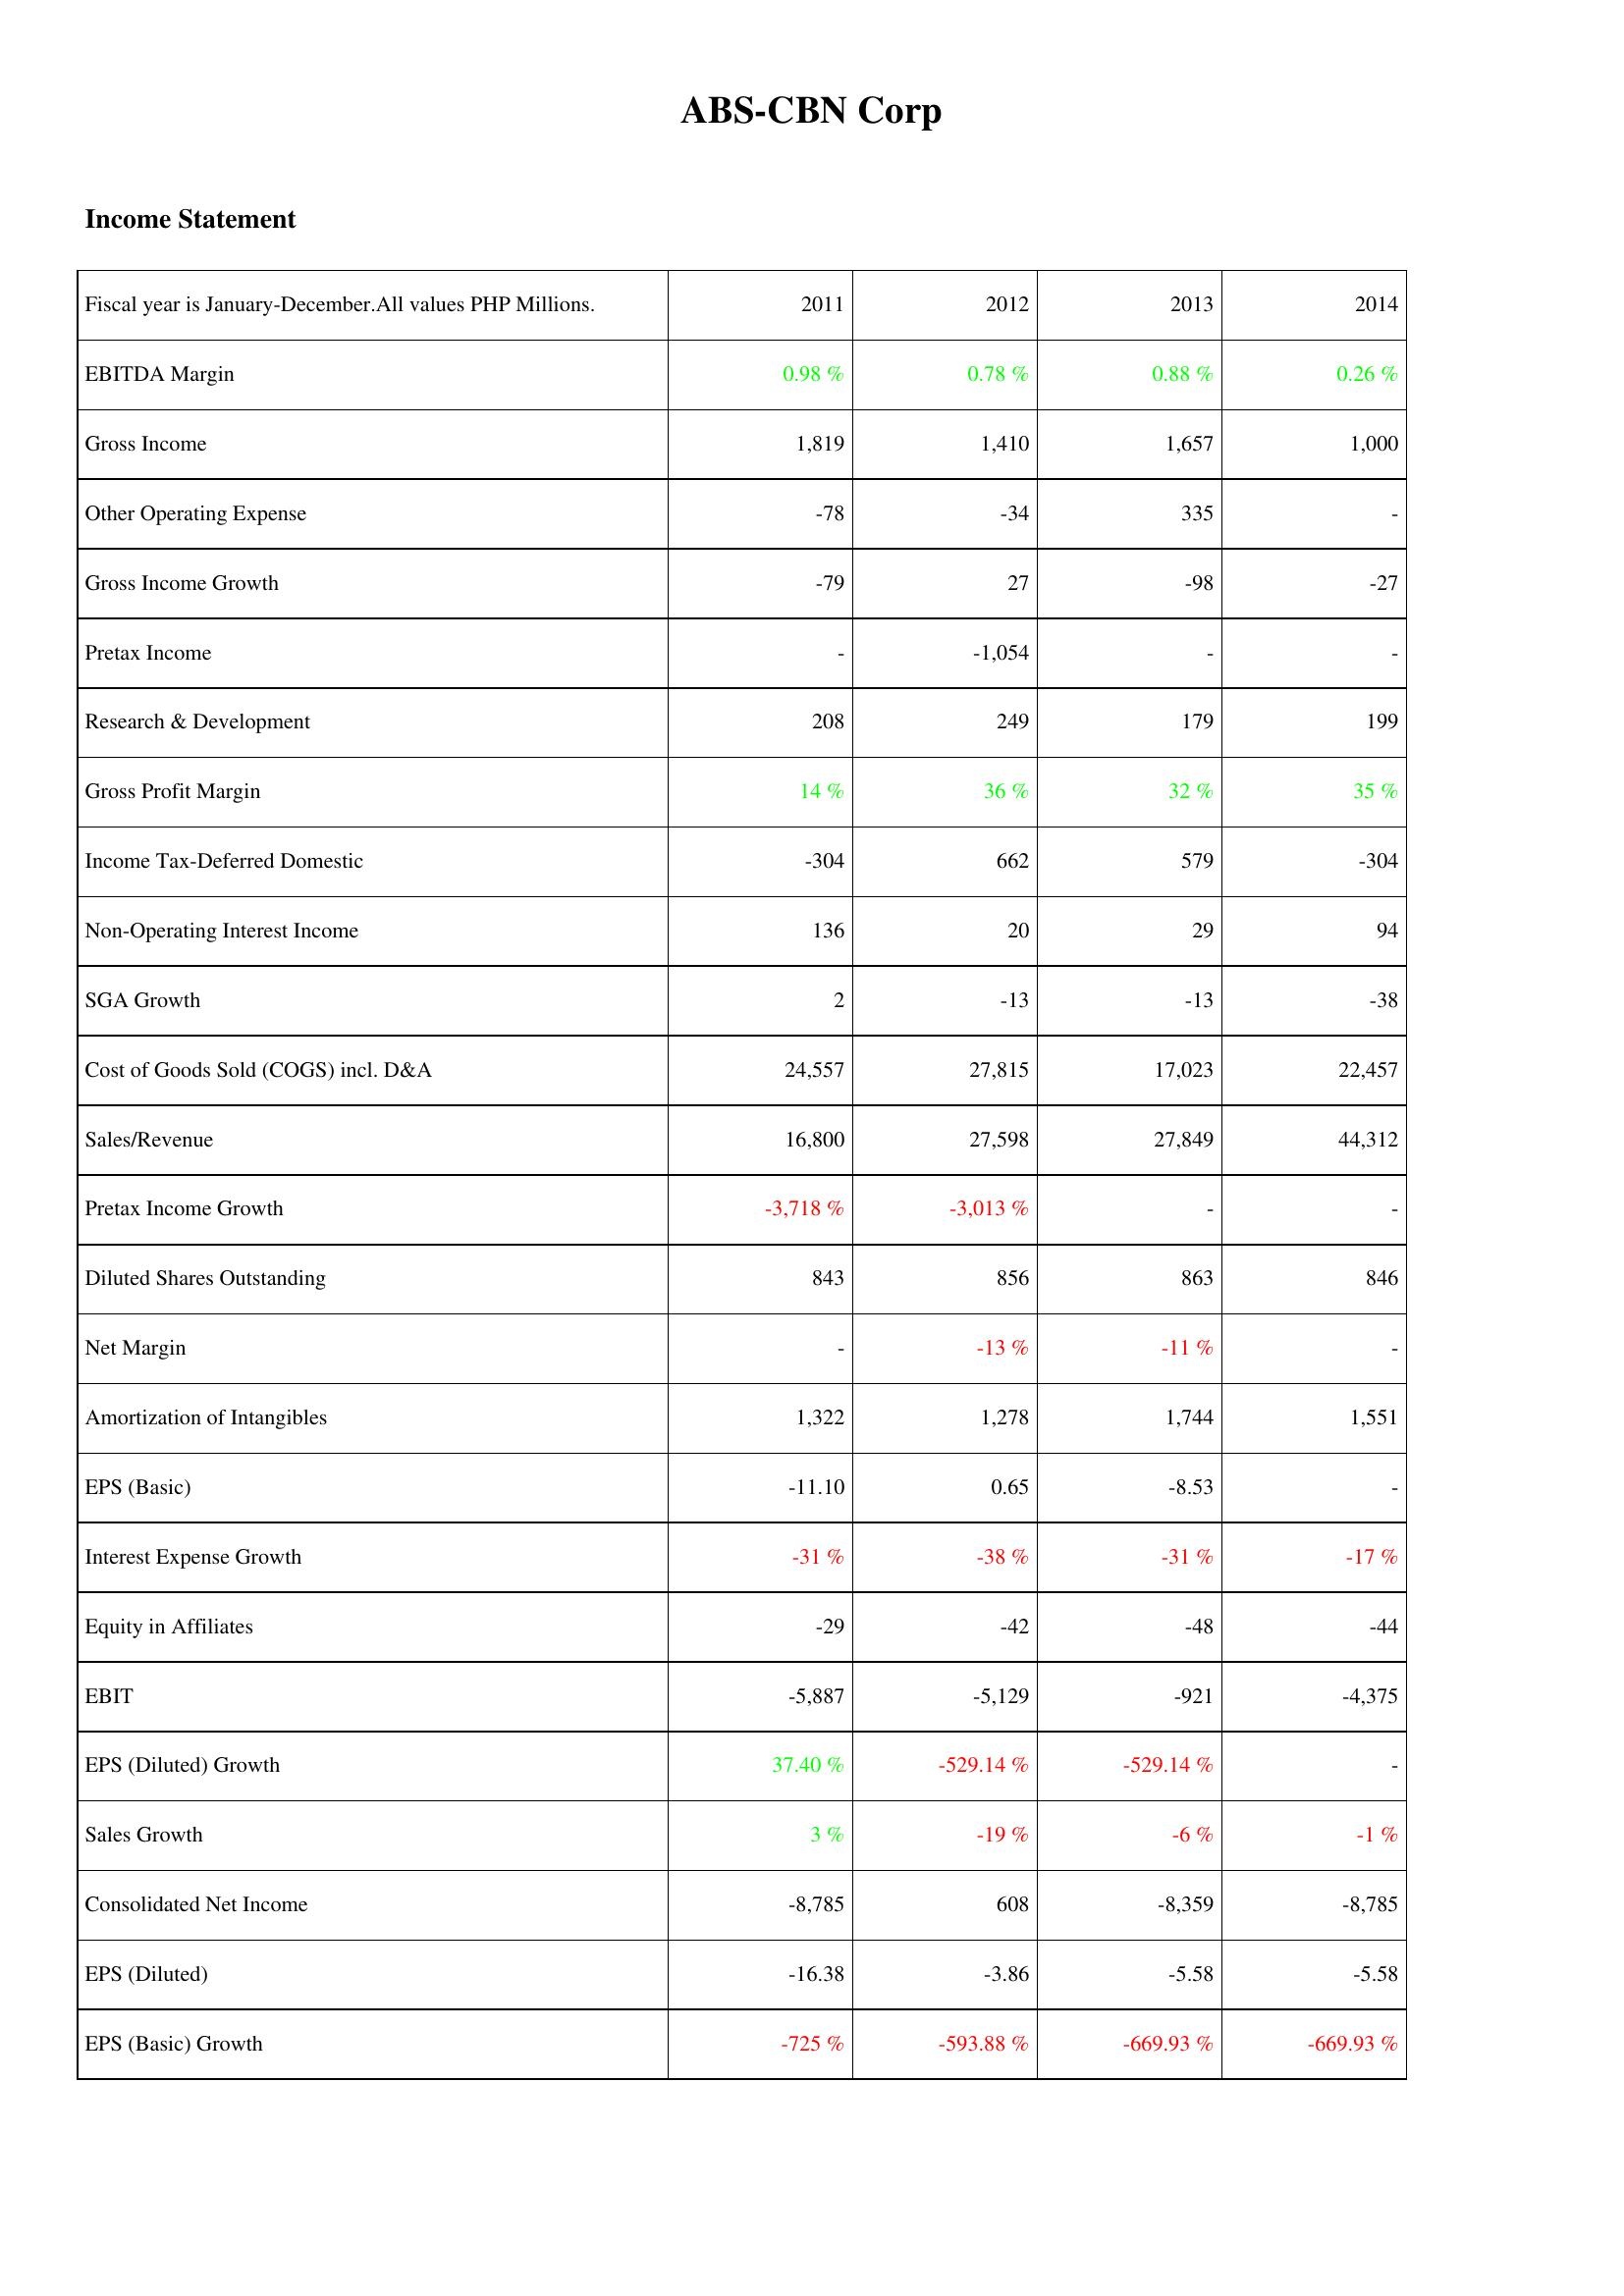
2011: Income Statement: EBITDA Margin: 0.98 %
Gross Income: 1,819
Other Operating Expense: -78
Gross Income Growth: -79
Pretax Income: -
Research & Development: 208
Gross Profit Margin: 14 %
Income Tax-Deferred Domestic: -304
Non-Operating Interest Income: 136
SGA Growth: 2
Cost of Goods Sold (COGS) incl. D&A: 24,557
Sales/Revenue: 16,800
Pretax Income Growth: -3,718 %
Diluted Shares Outstanding: 843
Net Margin: -
Amortization of Intangibles: 1,322
EPS (Basic): -11.10
Interest Expense Growth: -31 %
Equity in Affiliates: -29
EBIT: -5,887
EPS (Diluted) Growth: 37.40 %
Sales Growth: 3 %
Consolidated Net Income: -8,785
EPS (Diluted): -16.38
EPS (Basic) Growth: -725 %
2012: Income Statement: EBITDA Margin: 0.78 %
Gross Income: 1,410
Other Operating Expense: -34
Gross Income Growth: 27
Pretax Income: -1,054
Research & Development: 249
Gross Profit Margin: 36 %
Income Tax-Deferred Domestic: 662
Non-Operating Interest Income: 20
SGA Growth: -13
Cost of Goods Sold (COGS) incl. D&A: 27,815
Sales/Revenue: 27,598
Pretax Income Growth: -3,013 %
Diluted Shares Outstanding: 856
Net Margin: -13 %
Amortization of Intangibles: 1,278
EPS (Basic): 0.65
Interest Expense Growth: -38 %
Equity in Affiliates: -42
EBIT: -5,129
EPS (Diluted) Growth: -529.14 %
Sales Growth: -19 %
Consolidated Net Income: 608
EPS (Diluted): -3.86
EPS (Basic) Growth: -593.88 %
2013: Income Statement: EBITDA Margin: 0.88 %
Gross Income: 1,657
Other Operating Expense: 335
Gross Income Growth: -98
Pretax Income: -
Research & Development: 179
Gross Profit Margin: 32 %
Income Tax-Deferred Domestic: 579
Non-Operating Interest Income: 29
SGA Growth: -13
Cost of Goods Sold (COGS) incl. D&A: 17,023
Sales/Revenue: 27,849
Pretax Income Growth: -
Diluted Shares Outstanding: 863
Net Margin: -11 %
Amortization of Intangibles: 1,744
EPS (Basic): -8.53
Interest Expense Growth: -31 %
Equity in Affiliates: -48
EBIT: -921
EPS (Diluted) Growth: -529.14 %
Sales Growth: -6 %
Consolidated Net Income: -8,359
EPS (Diluted): -5.58
EPS (Basic) Growth: -669.93 %
2014: Income Statement: EBITDA Margin: 0.26 %
Gross Income: 1,000
Other Operating Expense: -
Gross Income Growth: -27
Pretax Income: -
Research & Development: 199
Gross Profit Margin: 35 %
Income Tax-Deferred Domestic: -304
Non-Operating Interest Income: 94
SGA Growth: -38
Cost of Goods Sold (COGS) incl. D&A: 22,457
Sales/Revenue: 44,312
Pretax Income Growth: -
Diluted Shares Outstanding: 846
Net Margin: -
Amortization of Intangibles: 1,551
EPS (Basic): -
Interest Expense Growth: -17 %
Equity in Affiliates: -44
EBIT: -4,375
EPS (Diluted) Growth: -
Sales Growth: -1 %
Consolidated Net Income: -8,785
EPS (Diluted): -5.58
EPS (Basic) Growth: -669.93 %